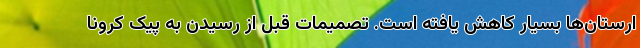
ارستان‌ها بسیار کاهش یافته است. تصمیمات قبل از رسیدن به پیک کرونا